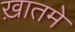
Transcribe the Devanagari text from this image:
ख़ातमे